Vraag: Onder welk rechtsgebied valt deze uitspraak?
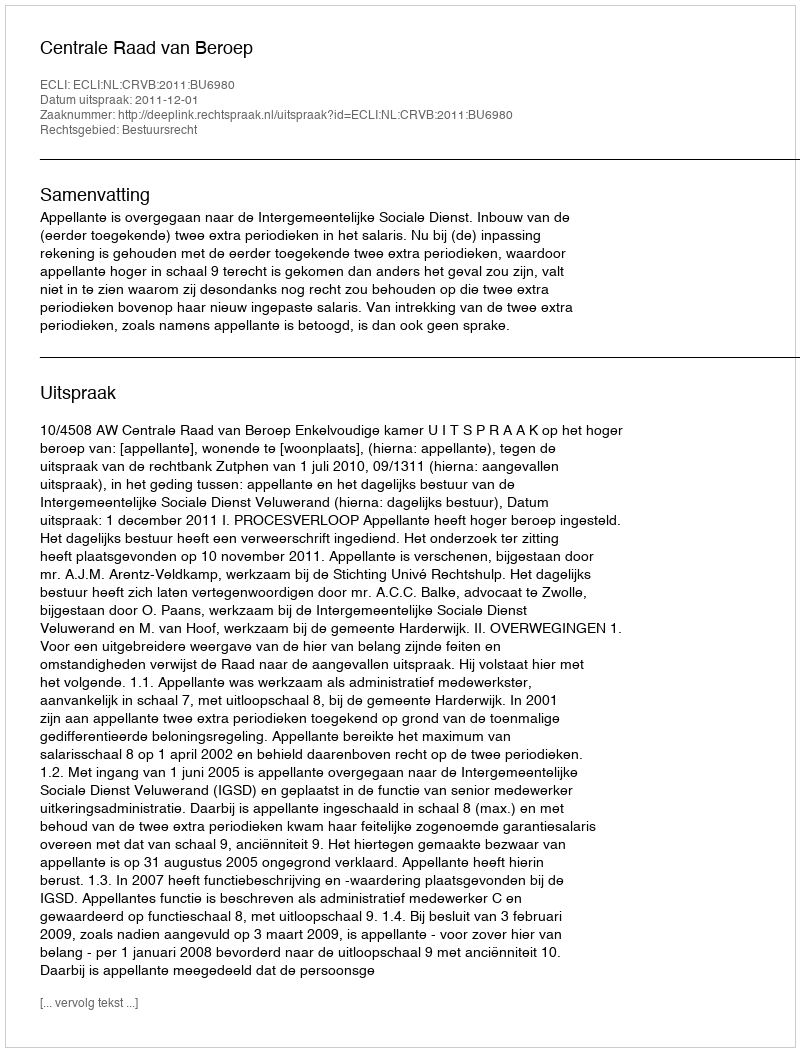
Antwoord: Bestuursrecht